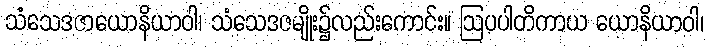
သံသေဒဇာယောနိယာဝါ၊ သံသေဒဇမျိုး၌လည်းကောင်း။ ဩပပါတိကာယ ယောနိယာဝါ၊